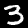
Digit: 3